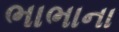
ભાભાના